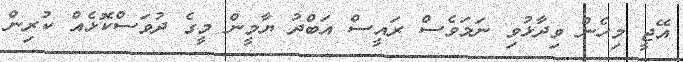
އޭޖީ މިހެން ވިދާޅުވި ނަމަވެސް ރައީސް އަބްދު ޔާމީން މީގެ ދުވަސްކޮޅެއް ކުރިން